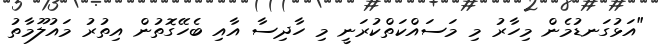
"އަޅުގަނޑުމެން މިހާރު މި މަސައްކަތްކުރަނީ މި ހާދިސާ އާއި ބެހޭގޮތުން އިތުރު މައުލޫމާތު